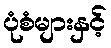
ပုံစံများနှင့်